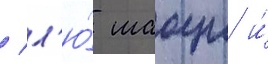
/ л'ю́ шаоци и́